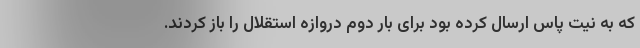
که به نیت پاس ارسال کرده بود برای بار دوم دروازه استقلال را باز کردند.